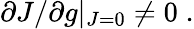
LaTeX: \partial J/\partial g|_{J=0}\neq 0\; .